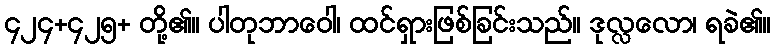
၄၂၄+၄၂၅+ တို့၏။ ပါတုဘာဝေါ၊ ထင်ရှားဖြစ်ခြင်းသည်။ ဒုလ္လလော၊ ရခဲ၏။